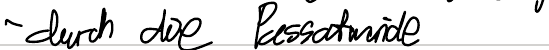
- durch die Passatwinde